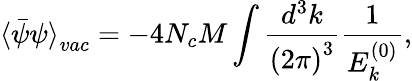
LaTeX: {\langle\bar{\psi}\psi\rangle}_{vac}=-4N_{c}M\int\frac{d^{3}k}{{(2\pi)}^{3}}\frac{1}{E_{k}^{(0)}},